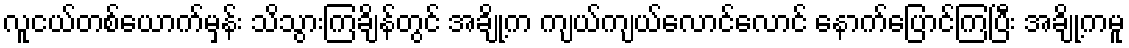
လူငယ်တစ်ယောက်မှန်း သိသွားကြချိန်တွင် အချို့က ကျယ်ကျယ်လောင်လောင် နောက်ပြောင်ကြပြီး အချို့ကမူ